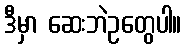
ဒီမှာ ဆေးဘဲဥတွေပါ။